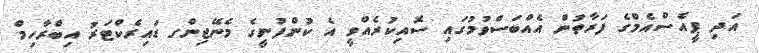
އަދި ޕީއެސްއެމްގެ ފަރާތުން އެއްބަސްވުމުގައި ސޮއިކުރެއްވީ އެ ކުންފުނީގެ މެނޭޖިންގ ޑައިރެކްޓަރު އިބްރާހިމް